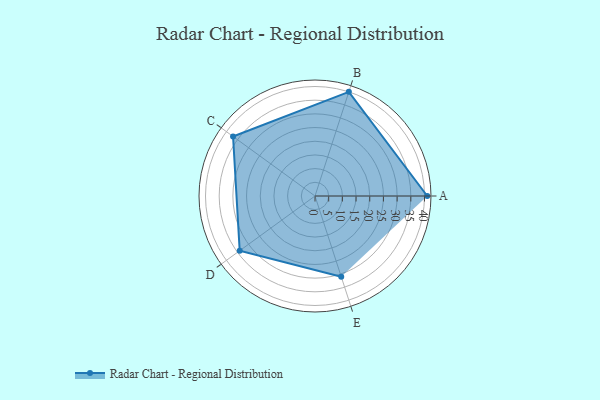
{"axis": {"x": "Skill", "y": "Score"}, "legend": ["Profile"], "data": [{"x": "A", "y": 41.0, "type": "Profile"}, {"x": "B", "y": 40.0, "type": "Profile"}, {"x": "C", "y": 37.0, "type": "Profile"}, {"x": "D", "y": 34.0, "type": "Profile"}, {"x": "E", "y": 31.0, "type": "Profile"}]}